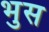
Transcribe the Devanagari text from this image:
भुस